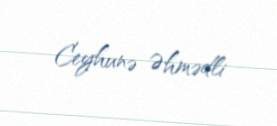
Ceyhunə Əhmədli